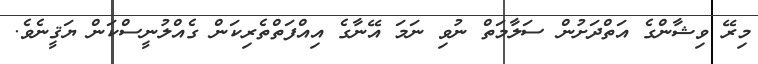
މިރޭ ވިޝާންގެ އަތްދަށުން ސަލާމަތް ނުވި ނަމަ އޭނާގެ އިއްފަތްތެރިކަން ގެއްލުނީސްކަން ޔަޤީނެވެ.